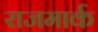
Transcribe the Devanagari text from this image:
राजमार्क